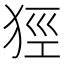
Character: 㹵